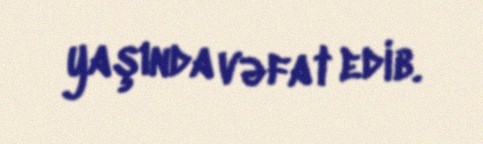
yaşında vəfat edib.